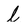
Character: l